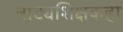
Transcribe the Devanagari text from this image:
नाट्यशिक्षकही